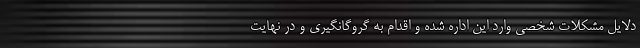
دلایل مشکلات شخصی وارد این اداره شده و اقدام به گروگانگیری و در نهایت